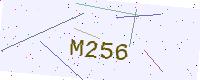
Text: M256